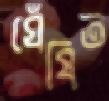
ঘেঁষিত